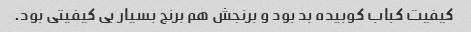
کیفیت کباب کوبیده بد بود و برنجش هم برنج بسیار بی کیفیتی بود.